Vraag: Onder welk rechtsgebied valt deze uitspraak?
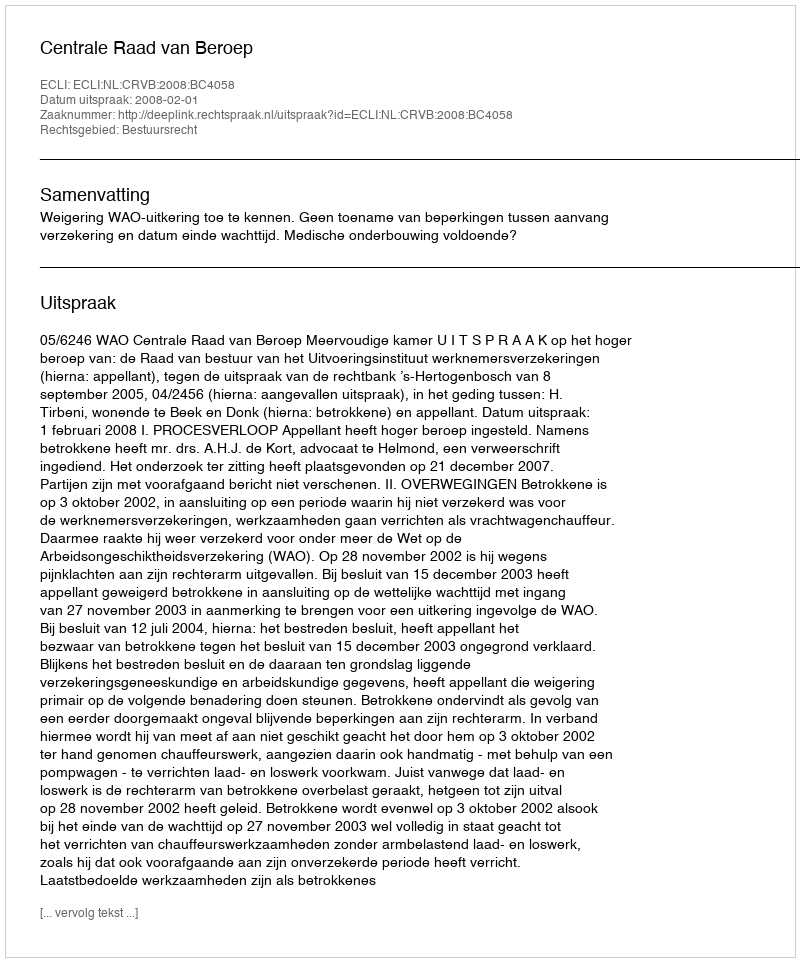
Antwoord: Bestuursrecht